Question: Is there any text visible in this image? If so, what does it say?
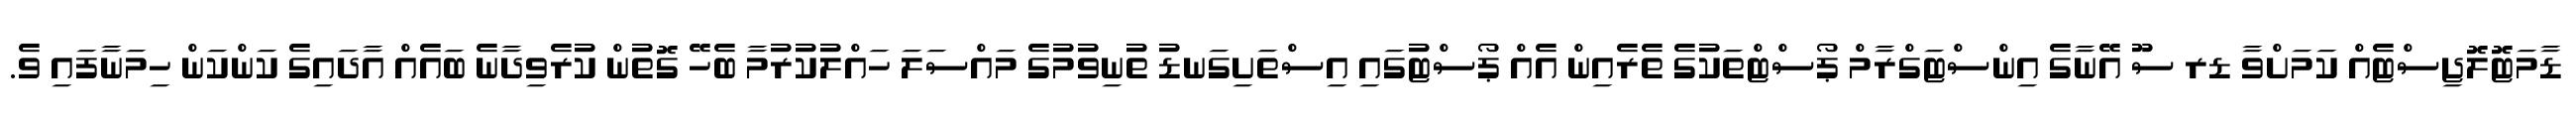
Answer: ޑާމަޓޮލޮޖިސްޓެއް ކަމަށްވާ ޑރ ސޫ އޭނާގެ އިންސްޓަގްރާމް ޕޯސްޓްތަކުގެ ތެރެއިން އެއް ޕޯސްޓުގައި އިސްތަށިގަނޑު ތުނިވުމުގެ މައްސަލަ ހައްލުކުރުމާ ބެހޭ ގޮތުން ކުރެވިދާނެ ބައެއް އާދައިގެ ކަންކަން ހިމަނާފައި ވެ.